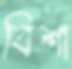
বিশা